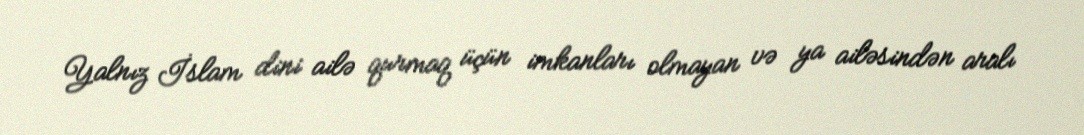
Yalnız İslam dini ailə qurmaq üçün imkanları olmayan və ya ailəsindən aralı